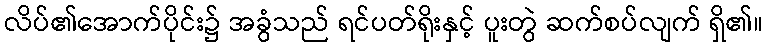
လိပ်၏အောက်ပိုင်း၌ အခွံသည် ရင်ပတ်ရိုးနှင့် ပူးတွဲ ဆက်စပ်လျက် ရှိ၏။